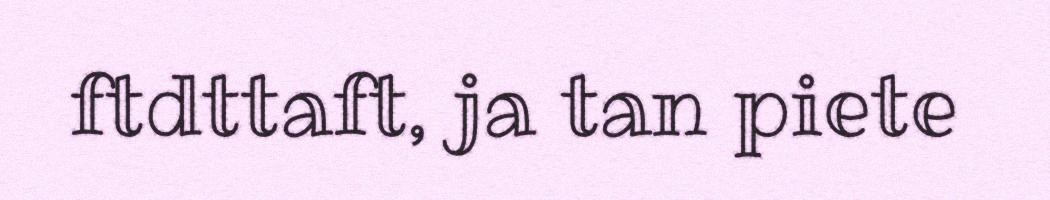
ftdttaft, ja tan piete